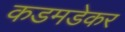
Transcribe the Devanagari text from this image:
कडमडेकर